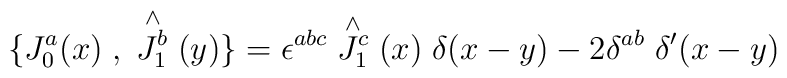
\{J^{a}_{0}(x)\;,\;\stackrel{\wedge}{J^{b}_{1}}(y) \} =\\\epsilon^{abc} \stackrel{\wedge}{J^{c}_{1}}(x) \; \delta(x-y)  \\ - 2 \delta^{ab} \; \delta^{\prime}(x-y)